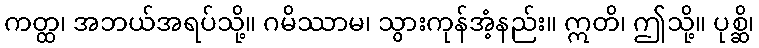
ကတ္ထ၊ အဘယ်အရပ်သို့။ ဂမိဿာမ၊ သွားကုန်အံ့နည်း။ ဣတိ၊ ဤသို့။ ပုစ္ဆိ၊